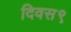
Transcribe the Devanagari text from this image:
दिवस९